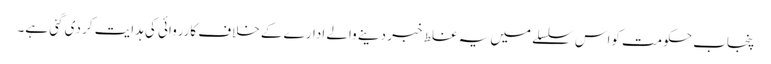
پنجاب حکومت کواس سلسلے میں یہ غلط خبر دینے والے ادارے کے خلاف کارروائی کی ہدایت کر دی گئی ہے۔